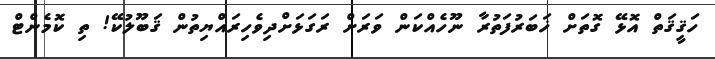
ހަޤީޤަތް އޮޅޭ ގޮތަށް ޚަބަރުފަތުރާ ނޫހެއްކަން ވަރަށް ރަގަޅަށްދިވެހިރައްޔިތުން ޤަބޫލުކޭ! ތި ކޮމެންޓް